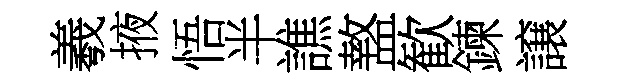
羲掖悟半譙盩歓鍊譲